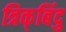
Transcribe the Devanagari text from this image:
त्रिक्‌बिंदु